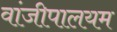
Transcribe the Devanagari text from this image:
वांजीपालयम